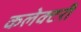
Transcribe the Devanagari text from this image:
कलेक्टरी